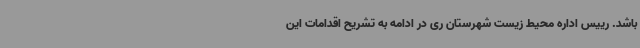
باشد. رییس اداره محیط زیست شهرستان ری در ادامه به تشریح اقدامات این